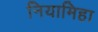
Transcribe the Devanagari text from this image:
नियामिहा